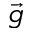
\vec { g }